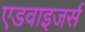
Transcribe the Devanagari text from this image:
एडवाइजर्स